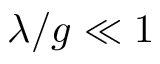
\lambda / g \ll 1